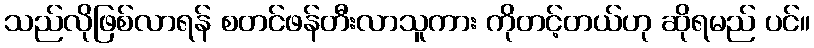
သည်လိုဖြစ်လာရန် စတင်ဖန်တီးလာသူကား ကိုတင့်တယ်ဟု ဆိုရမည် ပင်။